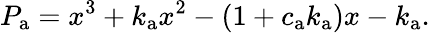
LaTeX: P_{\mathrm{a}}=x^{3}+k_{\mathrm{a}}x^{2}-\left(1+c_{\mathrm{a}}k_{\mathrm{a}}\right)x-k_{\mathrm{a}}.